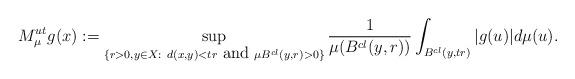
LaTeX: \begin{align*}M^{u t}_{\mu} g(x) := \sup _{\{r > 0, y\in X : \ d(x,y) < t r \mbox{ and } \mu B^{cl}(y, r) > 0\}} \frac{1}{\mu(B^{cl}(y, r))} \int _{B^{cl}(y, t r)} |g (u)| d\mu (u).\end{align*}